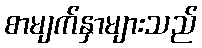
စာမျက်နှာများသည်